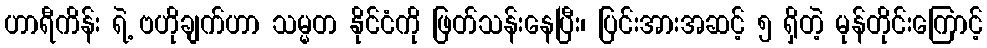
ဟာရီကိန်း ရဲ့ ဗဟိုချက်ဟာ သမ္မတ နိုင်ငံကို ဖြတ်သန်းနေပြီး၊ ပြင်းအားအဆင့် ၅ ရှိတဲ့ မုန်တိုင်းကြောင့်